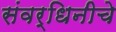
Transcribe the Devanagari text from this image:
संवर्धिनीचे